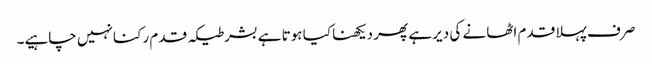
صر ف پہلا قدم اٹھا نے کی دیر ہے پھر دیکھنا کیا ہوتا ہے بشرطیکہ قدم رکنا نہیں چاہیے۔